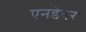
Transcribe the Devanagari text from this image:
एनडेवर